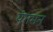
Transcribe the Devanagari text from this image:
यंगमन